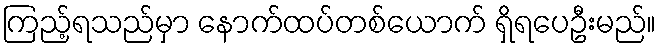
ကြည့်ရသည်မှာ နောက်ထပ်တစ်ယောက် ရှိရပေဦးမည်။